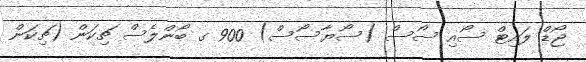
ޖޯޑް ލައިޓް ސޯއި ސޯސް (ސޯޔާސޯސް) 900 ގ ބޯންލެސް ޗިކަން (ޗިކަން